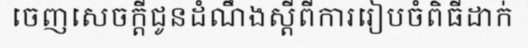
ចេញសេចក្តីជូនដំណឹងស្តីពីការរៀបចំពិធីដាក់